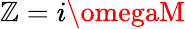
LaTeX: \mathbb{Z}=i\omegaM